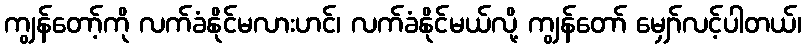
ကျွန်တော့်ကို လက်ခံနိုင်မလားဟင်၊ လက်ခံနိုင်မယ်လို့ ကျွန်တော် မျှော်လင့်ပါတယ်၊